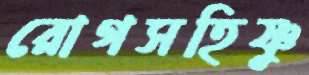
রোগসহিষ্ণু